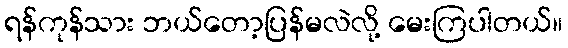
ရန်ကုန်သား ဘယ်တော့ပြန်မလဲလို့ မေးကြပါတယ်။